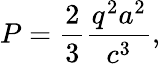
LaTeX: P={\frac{2}{3}}{\frac{q^{2}a^{2}}{c^{3}}},